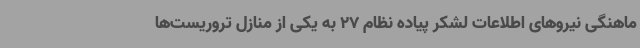
ماهنگی نیروهای اطلاعات لشکر پیاده نظام 27 به یکی از منازل تروریست‌ها